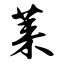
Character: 莱